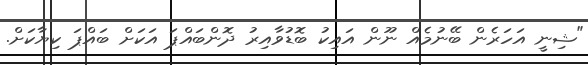
"ޝިނީ އަހަރެން ބޭނުމެއް ނޫން އައިކު ބޮޑުވާއިރު ދޮންބައްޕަ އަކަށް ބައްޕަ ކިޔާކަށް.